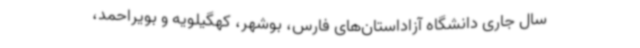
سال جاری دانشگاه آزاداستان‌های فارس، بوشهر، کهگیلویه و بویراحمد،